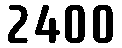
2400